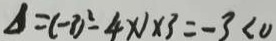
\Delta = ( - 3 ) ^ { 2 } - 4 x _ { 1 } \times 3 = - 3 < 0